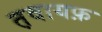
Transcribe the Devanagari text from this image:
त़वायफ़